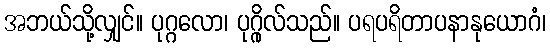
အဘယ်သို့လျှင်။ ပုဂ္ဂလော၊ ပုဂ္ဂိုလ်သည်။ ပရပရိတာပနာနုယောဂံ၊